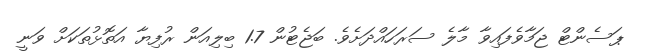
ޕަސެންޓް ޖަމާވެފައިވާ މާލެ ސަރަހައްދަށެވެ. ބަޖެޓުން 1.7 ބިލިއަން ރުފިޔާ އަތޮޅުތަކަށް ވަނީ